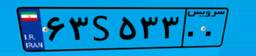
۹۵S۸۶۰۰۵